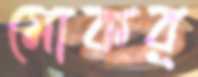
মোকর্